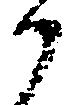
候